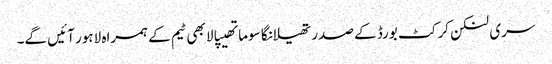
سری لنکن کرکٹ بورڈ کے صدر تھیلانگا سوماتھیپالا بھی ٹیم کے ہمراہ لاہور آئیں گے۔